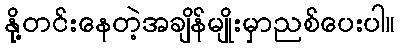
နို့တင်းနေတဲ့အချိန်မျိုးမှာညစ်ပေးပါ။